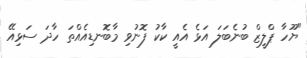
"ޔޫހާ ޕްލީޒް ބުނެބަލަ އަޅެ އެއީ ކާކު ފޮނުވި މާބޮނޑިއެއްތަ ހާދަ ސަޅިއޭ